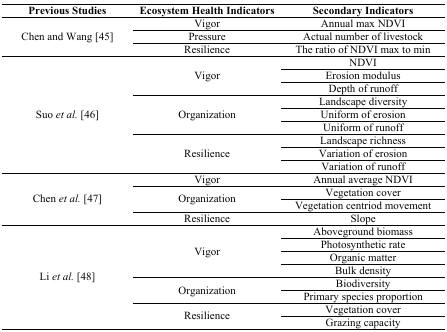
| Previous Studies | Ecosystem Health Indicators | Secondary Indicators |
 | --- | --- | --- |
 | <ROWSPAN=3> Chen and Wang [45] | Vigor | Annual max NDVI |
 | Pressure | Actual number of livestock |
 | Resilience | The ratio of NDVI max to min |
 | <ROWSPAN=9> Suo et al. [46] | <ROWSPAN=3> Vigor | NDVI |
 | Erosion modulus |
 | Depth of runoff |
 | <ROWSPAN=3> Organization | Landscape diversity |
 | Uniform of erosion |
 | Uniform of runoff |
 | <ROWSPAN=3> Resilience | Landscape richness |
 | Variation of erosion |
 | Variation of runoff |
 | <ROWSPAN=4> Chen et al. [47] | Vigor | Annual average NDVI |
 | <ROWSPAN=2> Organization | Vegetation cover |
 | Vegetation centriod movement |
 | Resilience | Slope |
 | <ROWSPAN=8> Li et al. [48] | <ROWSPAN=4> Vigor | Aboveground biomass |
 | Photosynthetic rate |
 | Organic matter |
 | Bulk density |
 | <ROWSPAN=2> Organization | Biodiversity |
 | Primary species proportion |
 | <ROWSPAN=2> Resilience | Vegetation cover |
 | Grazing capacity |